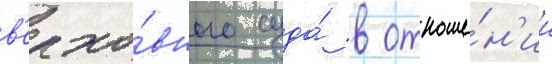
в'ерхо́вного суда́ в отноше́н'ии